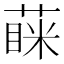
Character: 蔝